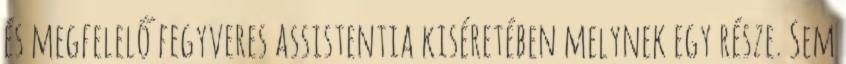
és megfelelő fegyveres assistentia kiséretében melynek egy része. Sem